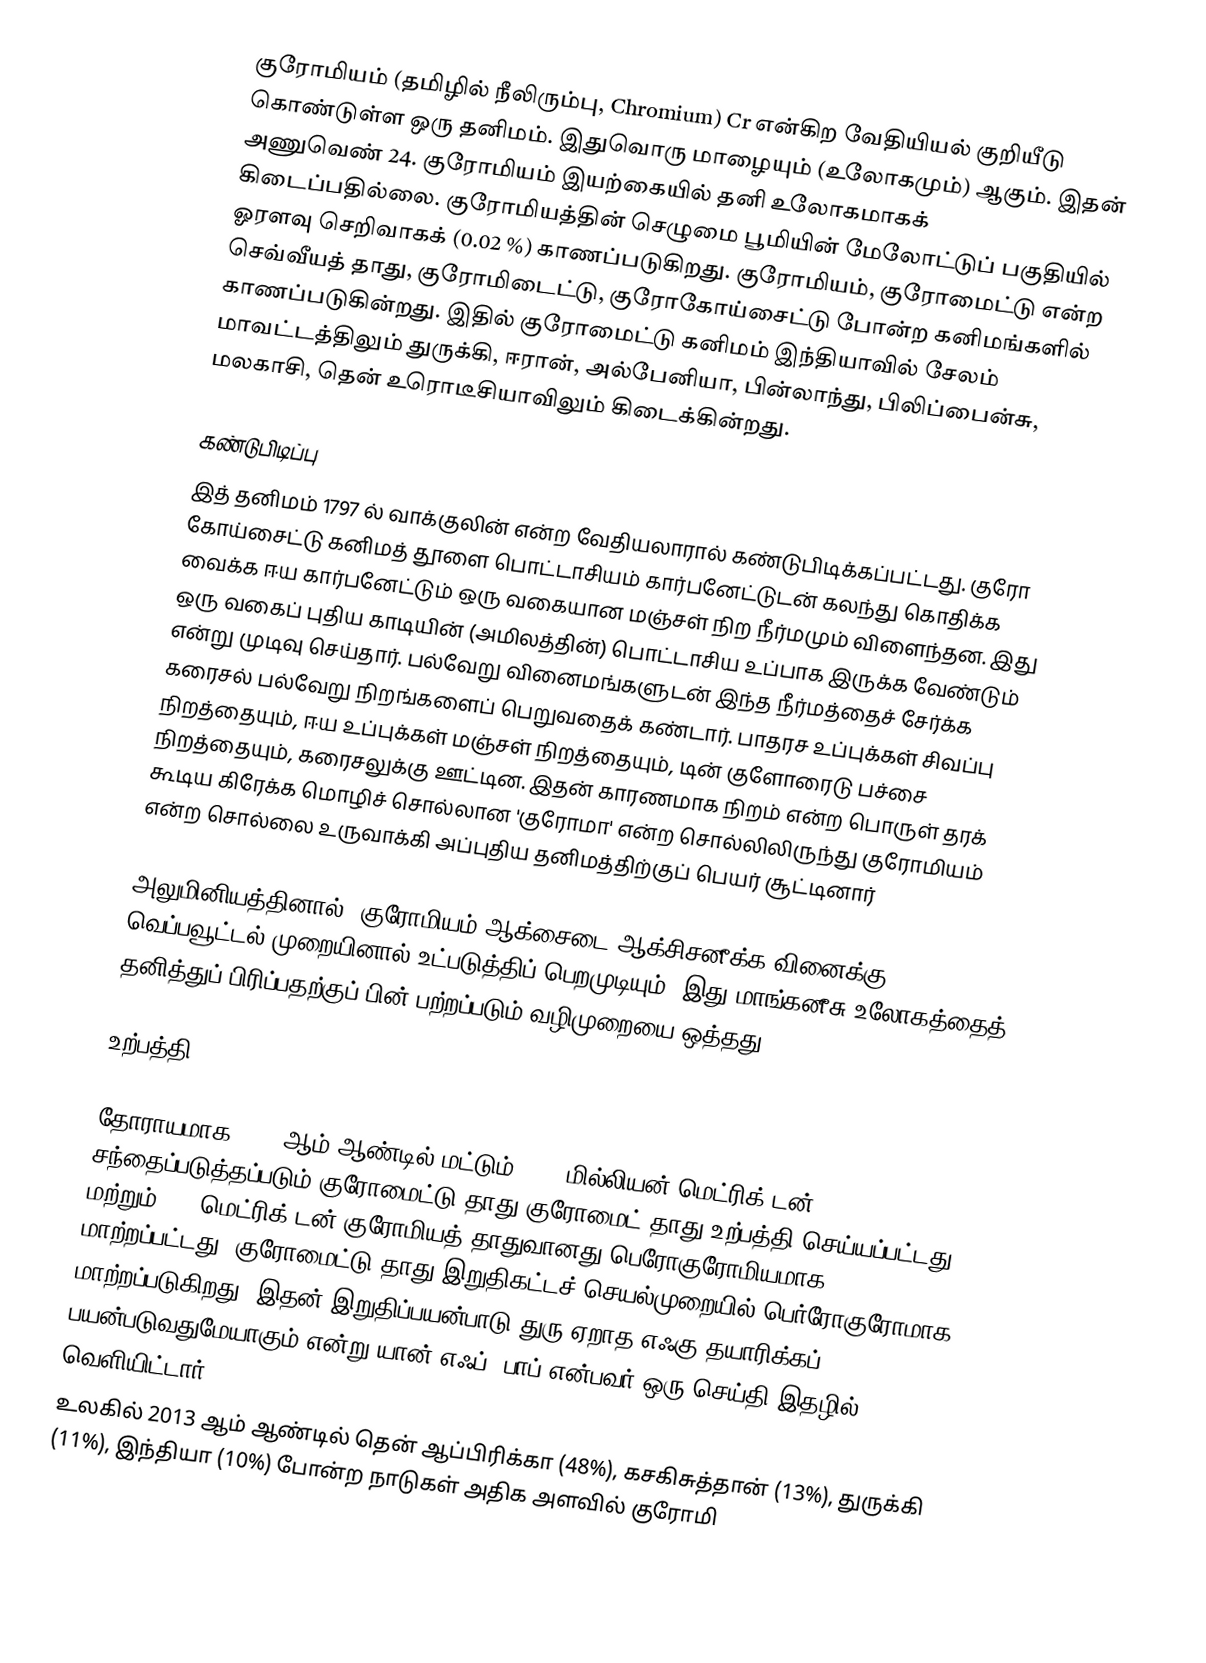
குரோமியம் (தமிழில் நீலிரும்பு, Chromium) Cr என்கிற வேதியியல் குறியீடு கொண்டுள்ள ஒரு தனிமம். இதுவொரு மாழையும் (உலோகமும்) ஆகும். இதன் அணுவெண் 24. குரோமியம் இயற்கையில் தனி உலோகமாகக் கிடைப்பதில்லை. குரோமியத்தின் செழுமை பூமியின் மேலோட்டுப் பகுதியில் ஓரளவு செறிவாகக் (0.02 %) காணப்படுகிறது. குரோமியம், குரோமைட்டு என்ற செவ்வீயத் தாது, குரோமிடைட்டு, குரோகோய்சைட்டு போன்ற கனிமங்களில் காணப்படுகின்றது. இதில் குரோமைட்டு கனிமம் இந்தியாவில் சேலம் மாவட்டத்திலும் துருக்கி, ஈரான், அல்பேனியா, பின்லாந்து, பிலிப்பைன்சு, மலகாசி,  தென் உரொடீசியாவிலும் கிடைக்கின்றது.

கண்டுபிடிப்பு
இத் தனிமம் 1797 ல் வாக்குலின் என்ற வேதியலாரால் கண்டுபிடிக்கப்பட்டது. குரோ கோய்சைட்டு கனிமத் தூளை பொட்டாசியம் கார்பனேட்டுடன் கலந்து கொதிக்க வைக்க ஈய கார்பனேட்டும் ஒரு வகையான மஞ்சள் நிற நீர்மமும் விளைந்தன. இது ஒரு வகைப் புதிய காடியின் (அமிலத்தின்) பொட்டாசிய  உப்பாக இருக்க வேண்டும் என்று முடிவு செய்தார். பல்வேறு வினைமங்களுடன் இந்த நீர்மத்தைச் சேர்க்க கரைசல் பல்வேறு நிறங்களைப் பெறுவதைக் கண்டார். பாதரச உப்புக்கள் சிவப்பு நிறத்தையும், ஈய உப்புக்கள் மஞ்சள் நிறத்தையும், டின் குளோரைடு பச்சை நிறத்தையும், கரைசலுக்கு ஊட்டின. இதன் காரணமாக நிறம் என்ற பொருள் தரக் கூடிய கிரேக்க மொழிச் சொல்லான 'குரோமா' என்ற சொல்லிலிருந்து குரோமியம் என்ற சொல்லை உருவாக்கி அப்புதிய தனிமத்திற்குப் பெயர் சூட்டினார்

அலுமினியத்தினால், குரோமியம் ஆக்சைடை ஆக்சிசனீக்க வினைக்கு வெப்பவூட்டல் முறையினால் உட்படுத்திப் பெறமுடியும். இது மாங்கனீசு உலோகத்தைத் தனித்துப் பிரிப்பதற்குப் பின் பற்றப்படும் வழிமுறையை ஒத்தது.

உற்பத்தி

தோராயமாக 2013 ஆம் ஆண்டில் மட்டும் 28.8 மில்லியன் மெட்ரிக் டன் சந்தைப்படுத்தப்படும் குரோமைட்டு தாது  குரோமைட் தாது உற்பத்தி செய்யப்பட்டது மற்றும் 7.5 மெட்ரிக் டன் குரோமியத் தாதுவானது பெரோகுரோமியமாக மாற்றப்பட்டது. குரோமைட்டு தாது இறுதிகட்டச் செயல்முறையில்  பெர்ரோகுரோமாக மாற்றப்படுகிறது. இதன் இறுதிப்பயன்பாடு துரு ஏறாத  எஃகு தயாரிக்கப் பயன்படுவதுமேயாகும் என்று யான் எஃப். பாப் என்பவர் ஒரு செய்தி இதழில் வெளியிட்டார்.
உலகில் 2013 ஆம் ஆண்டில் தென் ஆப்பிரிக்கா (48%), கசகிசுத்தான் (13%), துருக்கி (11%), இந்தியா (10%) போன்ற நாடுகள் அதிக அளவில் குரோமி